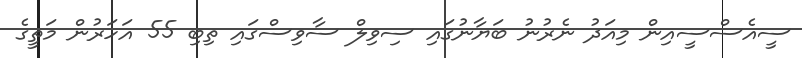
ސީއެސްސީއިން މިއަދު ނެރުނު ބަޔާނުގައި ސިވިލް ސާވިސްގައި ތިބި 55 އަހަރުން މަތީގެ